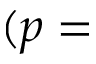
( p =